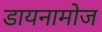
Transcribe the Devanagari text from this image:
डायनामोज